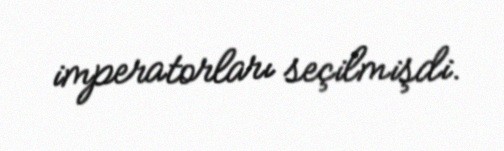
imperatorları seçilmişdi.